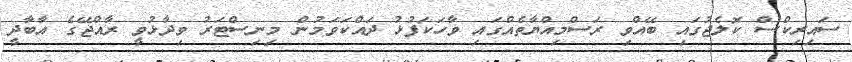
ސައިރިކްްސް ކޮލެޖުގައި ބޭއްވި ރަސްމިއްޔާތެއްގައި ވާހަކަފުޅު ދައްކަވަމުން މިނިސްޓަރު ވިދާޅުވީ ރާއްޖޭގެ އާބާދީ